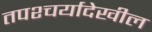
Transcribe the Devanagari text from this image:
तपश्चर्यादेखील